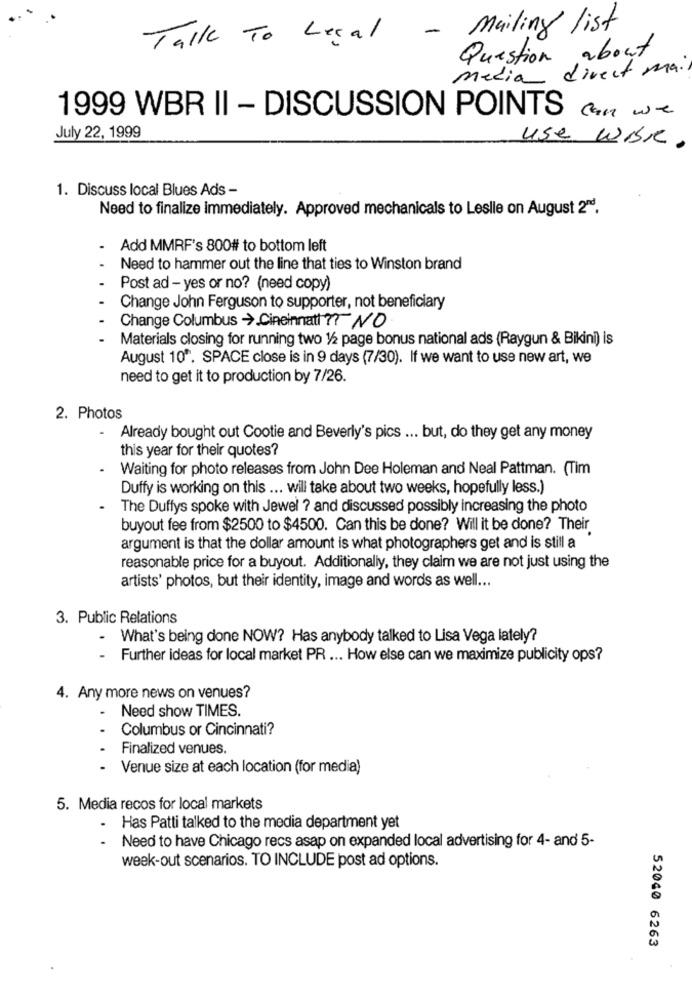
- Mailing list
Talk To Legal
Question about
media direct mail
1999 WBR II - DISCUSSION POINTS can we
July 22, 1999
use WisK.
1. Discuss local Blues Ads -
Need to finalize immediately. Approved mechanicals to Leslle on August 2".
Add MMRF's 800# to bottom left
Need to hammer out the line that ties to Winston brand
Post ad - yes or no? (need copy)
Change John Ferguson to supporter, not beneficiary
Change Columbus -> Cincinnati ? VO
Materials closing for running two 1/2 page bonus national ads (Raygun & Bikini) is
August 10". SPACE close is in 9 days (7/30). If we want to use new art, we
need to get it to production by 7/26.
2. Photos
-
Already bought out Cootie and Beverly's pics ... but, do they get any money
this year for their quotes?
Waiting for photo releases from John Dee Holeman and Neal Pattman. (Tim
Duffy is working on this ... will take about two weeks, hopefully less.)
The Duffys spoke with Jewel ? and discussed possibly increasing the photo
buyout fee from $2500 to $4500. Can this be done? Will it be done? Their
argument is that the dollar amount is what photographers get and is still a
reasonable price for a buyout. Additionally, they claim we are not just using the
artists' photos, but their identity, image and words as well ...
3. Public Relations
-
What's being done NOW? Has anybody talked to Lisa Vega lately?
Further ideas for local market PR ... How else can we maximize publicity ops?
4. Any more news on venues?
Need show TIMES.
Columbus or Cincinnati?
Finalized venues.
- Venue size at each location (for media)
5. Media recos for local markets
- Has Patti talked to the media department yet
.
Need to have Chicago recs asap on expanded local advertising for 4- and 5-
week-out scenarios. TO INCLUDE post ad options.
52040 6263